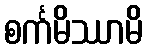
စင်္ကမိဿာမိ